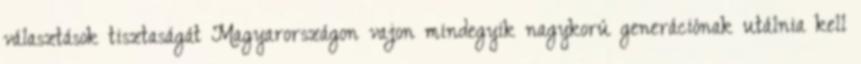
választások tisztaságát Magyarországon vajon mindegyik nagykorú generációnak utálnia kell